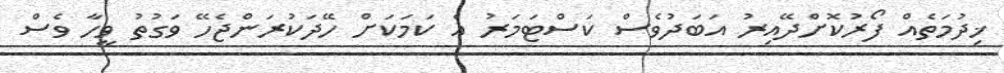
ޚިދުމަތެއް ފޯރުކޮށްދޭއިރު އަބަދުވެސް ކަސްޓަމަރު އެ ކަމަކަށް ހޭދަކުރަންޖެހޭ ވަގުތު ވީހާ ވެސް